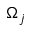
\Omega _ { j }